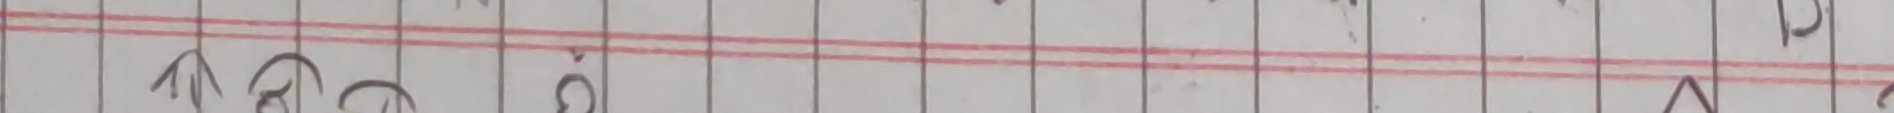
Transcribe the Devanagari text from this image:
आ२